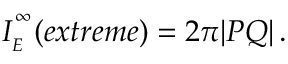
I _ { \phantom { } _ { E } } ^ { \phantom { } ^ { \infty } } ( e x t r e m e ) = 2 \pi | P Q | \, .